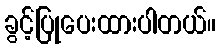
ခွင့်ပြုပေးထားပါတယ်။